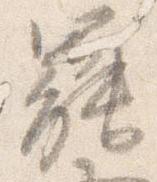
罷